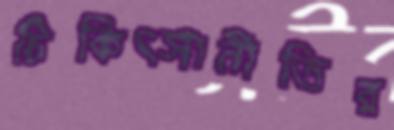
চিকিত্সানীতির